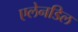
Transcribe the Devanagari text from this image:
एलेनडिल